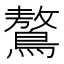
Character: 鷔